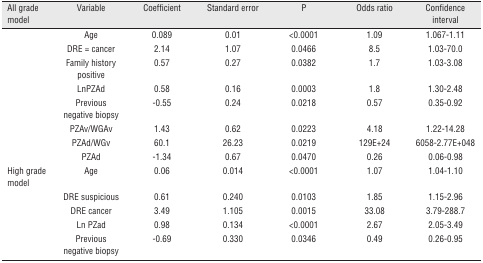
<table><thead><tr><td><b>All grade model</b></td><td><b>Variable</b></td><td><b>Coefficient</b></td><td><b>Standard error</b></td><td><b>P</b></td><td><b>Odds ratio</b></td><td><b>Confidence interval</b></td></tr></thead><tbody><tr><td> </td><td>Age</td><td>0.089</td><td>0.01</td><td>&lt;0.0001</td><td>1.09</td><td>1.067-1.11</td></tr><tr><td> </td><td>DRE = cancer</td><td>2.14</td><td>1.07</td><td>0.0466</td><td>8.5</td><td>1.03-70.0</td></tr><tr><td> </td><td>Family history positive</td><td>0.57</td><td>0.27</td><td>0.0382</td><td>1.7</td><td>1.03-3.08</td></tr><tr><td> </td><td>LnPZAd</td><td>0.58</td><td>0.16</td><td>0.0003</td><td>1.8</td><td>1.30-2.48</td></tr><tr><td> </td><td>Previous negative biopsy</td><td>-0.55</td><td>0.24</td><td>0.0218</td><td>0.57</td><td>0.35-0.92</td></tr><tr><td> </td><td>PZAv/WGAv</td><td>1.43</td><td>0.62</td><td>0.0223</td><td>4.18</td><td>1.22-14.28</td></tr><tr><td> </td><td>PZAd/WGv</td><td>60.1</td><td>26.23</td><td>0.0219</td><td>129E+24</td><td>6058-2.77E+048</td></tr><tr><td> </td><td>PZAd</td><td>-1.34</td><td>0.67</td><td>0.0470</td><td>0.26</td><td>0.06-0.98</td></tr><tr><td>High grade model</td><td>Age</td><td>0.06</td><td>0.014</td><td>&lt;0.0001</td><td>1.07</td><td>1.04-1.10</td></tr><tr><td> </td><td>DRE suspicious</td><td>0.61</td><td>0.240</td><td>0.0103</td><td>1.85</td><td>1.15-2.96</td></tr><tr><td> </td><td>DRE cancer</td><td>3.49</td><td>1.105</td><td>0.0015</td><td>33.08</td><td>3.79-288.7</td></tr><tr><td> </td><td>Ln PZad</td><td>0.98</td><td>0.134</td><td>&lt;0.0001</td><td>2.67</td><td>2.05-3.49</td></tr><tr><td> </td><td>Previous negative biopsy</td><td>-0.69</td><td>0.330</td><td>0.0346</td><td>0.49</td><td>0.26-0.95</td></tr></tbody></table>